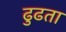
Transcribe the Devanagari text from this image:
ढुढता